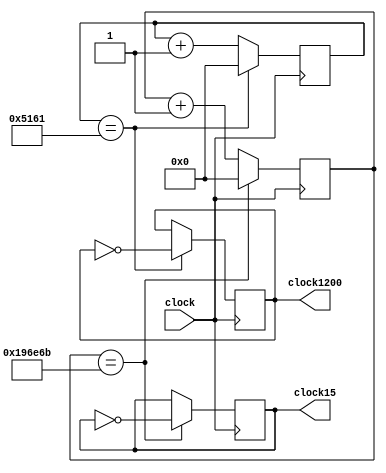
`timescale 1ns / 1ps

module DivisorClock(
input clock,
output clock1200, clock15);
	
	reg [25:0] contador1;
	reg [25:0] contador2;
	reg clk1200,clk15 ;
	
	initial 
	contador1=26'd0;
	initial
	contador2=26'd0;
	initial
	clk1200=1'b0;
	initial
	clk15=1'b0;
	
	always @(posedge clock) 
	begin
			if (contador1==26'd20833) 
			begin
				contador1<=26'd0;
				clk1200 <= ~clk1200;
			end
	  else
	   begin
			contador1 <=contador1+1'b1;
		end
		
		if (contador2==26'd1666667) 
			begin
				contador2<=26'd0;
				clk15 <= ~clk15;
			end
	  else
	   begin
			contador2 <=contador2+1'b1;
		end
	end
	assign clock1200=clk1200;
	assign clock15=clk15;

endmodule